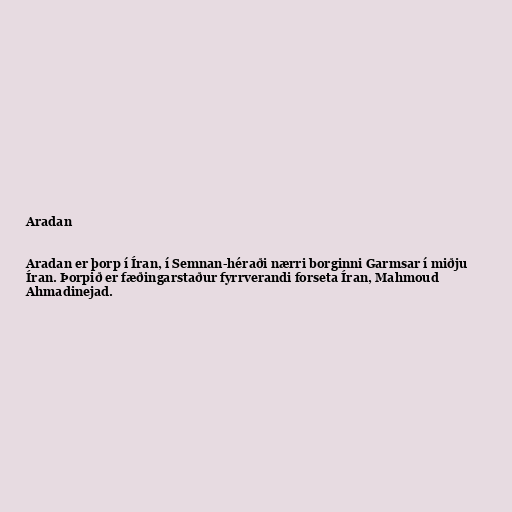
Aradan

Aradan er þorp í Íran, í Semnan-héraði nærri borginni Garmsar í miðju
Íran. Þorpið er fæðingarstaður fyrrverandi forseta Íran, Mahmoud
Ahmadinejad.